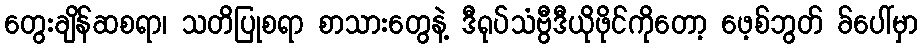
တွေးချိန်ဆစရာ၊ သတိပြုစရာ စာသားတွေနဲ့ ဒီရုပ်သံဗွီဒီယိုဖိုင်ကိုတော့ ဖေ့စ်ဘွတ် ခ်ပေါ်မှာ